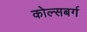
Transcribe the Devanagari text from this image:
कोल्सबर्ग